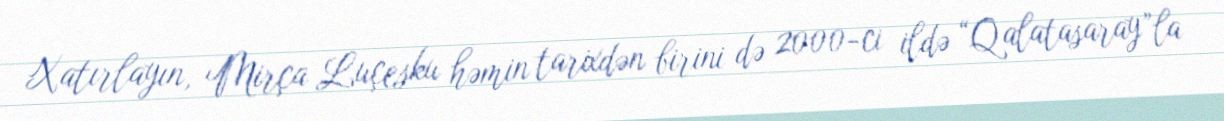
Xatırlayın, Mirça Luçesku həmin tarixdən birini də 2000-ci ildə “Qalatasaray”la